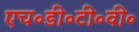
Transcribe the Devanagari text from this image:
एच॰डी॰टी॰वी॰